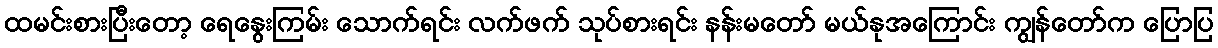
ထမင်းစားပြီးတော့ ရေနွေးကြမ်း သောက်ရင်း လက်ဖက် သုပ်စားရင်း နန်းမတော် မယ်နုအကြောင်း ကျွန်တော်က ပြောပြ